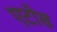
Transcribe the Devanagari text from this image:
एटोस